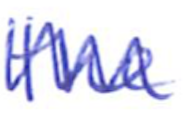
Text: the
Cross-out: zig-zag
Writing tool: ballpoint